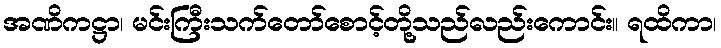
အဏိကဋ္ဌာ၊ မင်းကြီးသက်တော်စောင့်တို့သည်လည်းကောင်း။ ရထိကာ၊